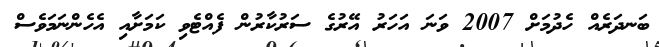
ބަނދަރެއް ހެދުމަށް 2007 ވަނަ އަހަރު އޭރުގެ ސަރުކާރުން ފެއްޓެވި ކަމަށާއި އެހެންނަމަވެސް